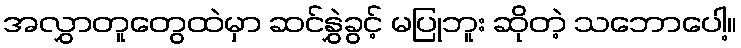
အလွှာတူတွေထဲမှာ ဆင်နွှဲခွင့် မပြုဘူး ဆိုတဲ့ သဘောပေါ့။